Medical and sanitary report of the native army of Bengal for the year
Year: 1875
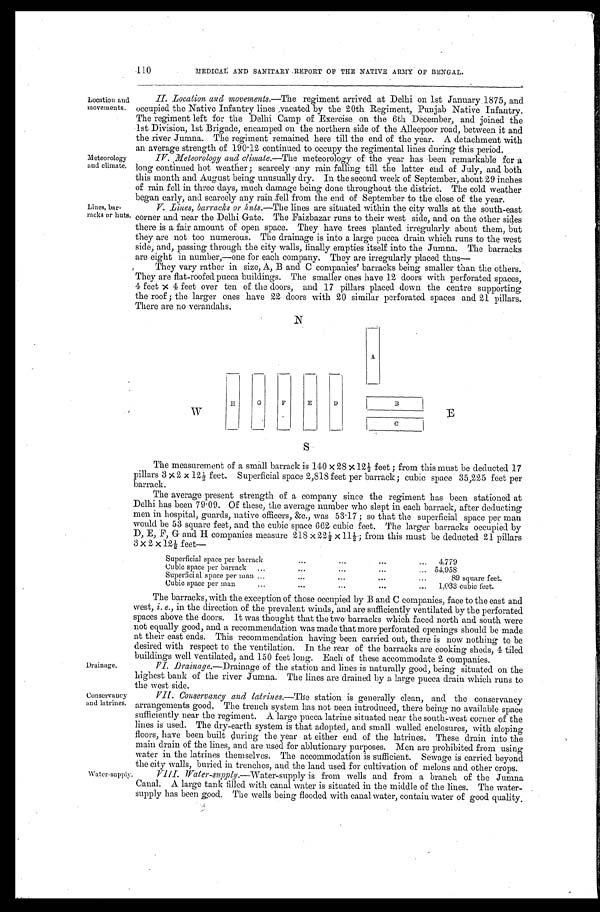
Drainage.
Conservancy
and latrines.
110
MEDICAL AND SANITARY REPORT OF THE NATIVE ARMY OF BENGAL.
Location and
movements.
Meteorology
and climate.
Lines, bar-
racks or huts.
II. Location and movements. —The regiment arrived at Delhi on 1st January 1875, and
occupied the Native Infantry lines vacated by the 20th Regiment, Punjab Native Infantry.
The regiment left for the Delhi Camp of Exercise on the 6th December, and joined the
1st Division, 1st Brigade, encamped on the northern side of the Alleepoor road, between it and
the river Jumna. The regiment remained here till the end of the year. A detachment with
an average strength of 190.12 continued to occupy the regimental lines during this period.
IV. Meteorology and climate.— The meteorology of the year has been remarkable for a
long continued hot weather ; scarcely any rain falling till the latter end of July, and both
this month and August being unusually dry. In the second week of September, about 29. inches
of rain fell in three days, much damage being done throughout the district. The cold weather
began early, and scarcely any rain fell from the end of September to the close of the year.
V. Lines, barracks or huts.—T h e
l i n e s a r e s i t u a t e d w i t h i n t h e c i t y w a l l s a t t h e s o u t h - e a s t
corner and near the Delhi Gate. The Faizbazar runs to their west side, and on the other sides
there is a fair amount of open space. They have trees planted irregularly about them, but
they are not too numerous. The drainage is into a large pucca drain which runs to the west
side, and, passing through the city walls, finally empties itself into the Jumna. The barracks
are eight in number,—one for each company. They are irregularly placed thus
They vary rather in size, A, B and C companies' barracks being smaller than the others.
They are flat-roofed pucca buildings. The smaller ones have 12 doors with perforated spaces,
4 feet × 4 feet over ten of the doors, and 17 pillars placed down the centre supporting
the roof ; the larger ones have 22 doors with 20 similar perforated spaces and 21 pillars.
There are no verandahs.
The measurement of a small barrack is 140 × 28 × 12½ feet ; from this must be deducted 17
pillars 3 × 2 × 12½ feet. Superficial space 2,818 feet per barrack ; cubic space 35,225 feet per
barrack.
The average present strength of a company since the regiment has been stationed at
Delhi has been 79.09. Of these, the average number who slept in each barrack, after deducting
men in hospital, guards, native officers, &c., was 53.17 ; so that the uperficial space per man
would be 53 square feet, and the cubic space 662 cubic feet. The larger barracks occupied by
D, E, F, G and H companies measure 218 × 22½ × 11½; from this must be deducted 21 pillars
3 ×2×12½ feet—
Superficial space per barrack . . .
4,779
Cubic space per barrack . . .
54,958
Superficial space per man . . .
89 square feet.
Cubic space per man . . .
1,033 cubic feet.
The barracks, with the exception of those occupied by B and C companies, face to the east and
west, i. e., in the direction of the prevalent winds, and are sufficiently ventilated by the perforated
spaces above the doors. It was thought that the two barracks which faced north and south were
not equally good, and a recommendation was made that more perforated openings should be made
at their east ends. This recommendation having been carried out, there is now nothing to be
desired with respect to the ventilation. In the rear of the barracks are cooking sheds, 4 tiled
buildings well ventilated, and 150 feet long. Each of these accommodate 2 companies.
VI. Drainage.
—Drainage of the station and lines is naturally good, being situated on the
highest bank of the river Jumna. The lines are drained by a large pucca drain which runs to
the west side.
VII. Conservancy and latrines.— The station is generally clean, and the conservancy
arrangements good. The trench system has not been introduced, there being no available space
sufficiently near the regiment. A large pucca latrine situated near the south-west corner of the
lines is used. The dry-earth system is that adopted, and small walled enclosures, with sloping
floors, have been built during the year at either end of the latrines. These drain into the
main drain of the lines, and are used for ablutionary purposes. Men are prohibited from using
water in the latrines themselves. The accommodation is sufficient. Sewage is carried beyond
the city walls, buried in trenches, and the land used for cultivation of melons and other crops.
W a t e r - s u p p l y .
VIII. Water-supply.—Water-supply is from wells and from a branch of the Jumna
Canal. A large tank filled with canal water is situated in the middle of the lines. The water-
supply has been good. The wells being flooded with canal water, contain water of good quality.